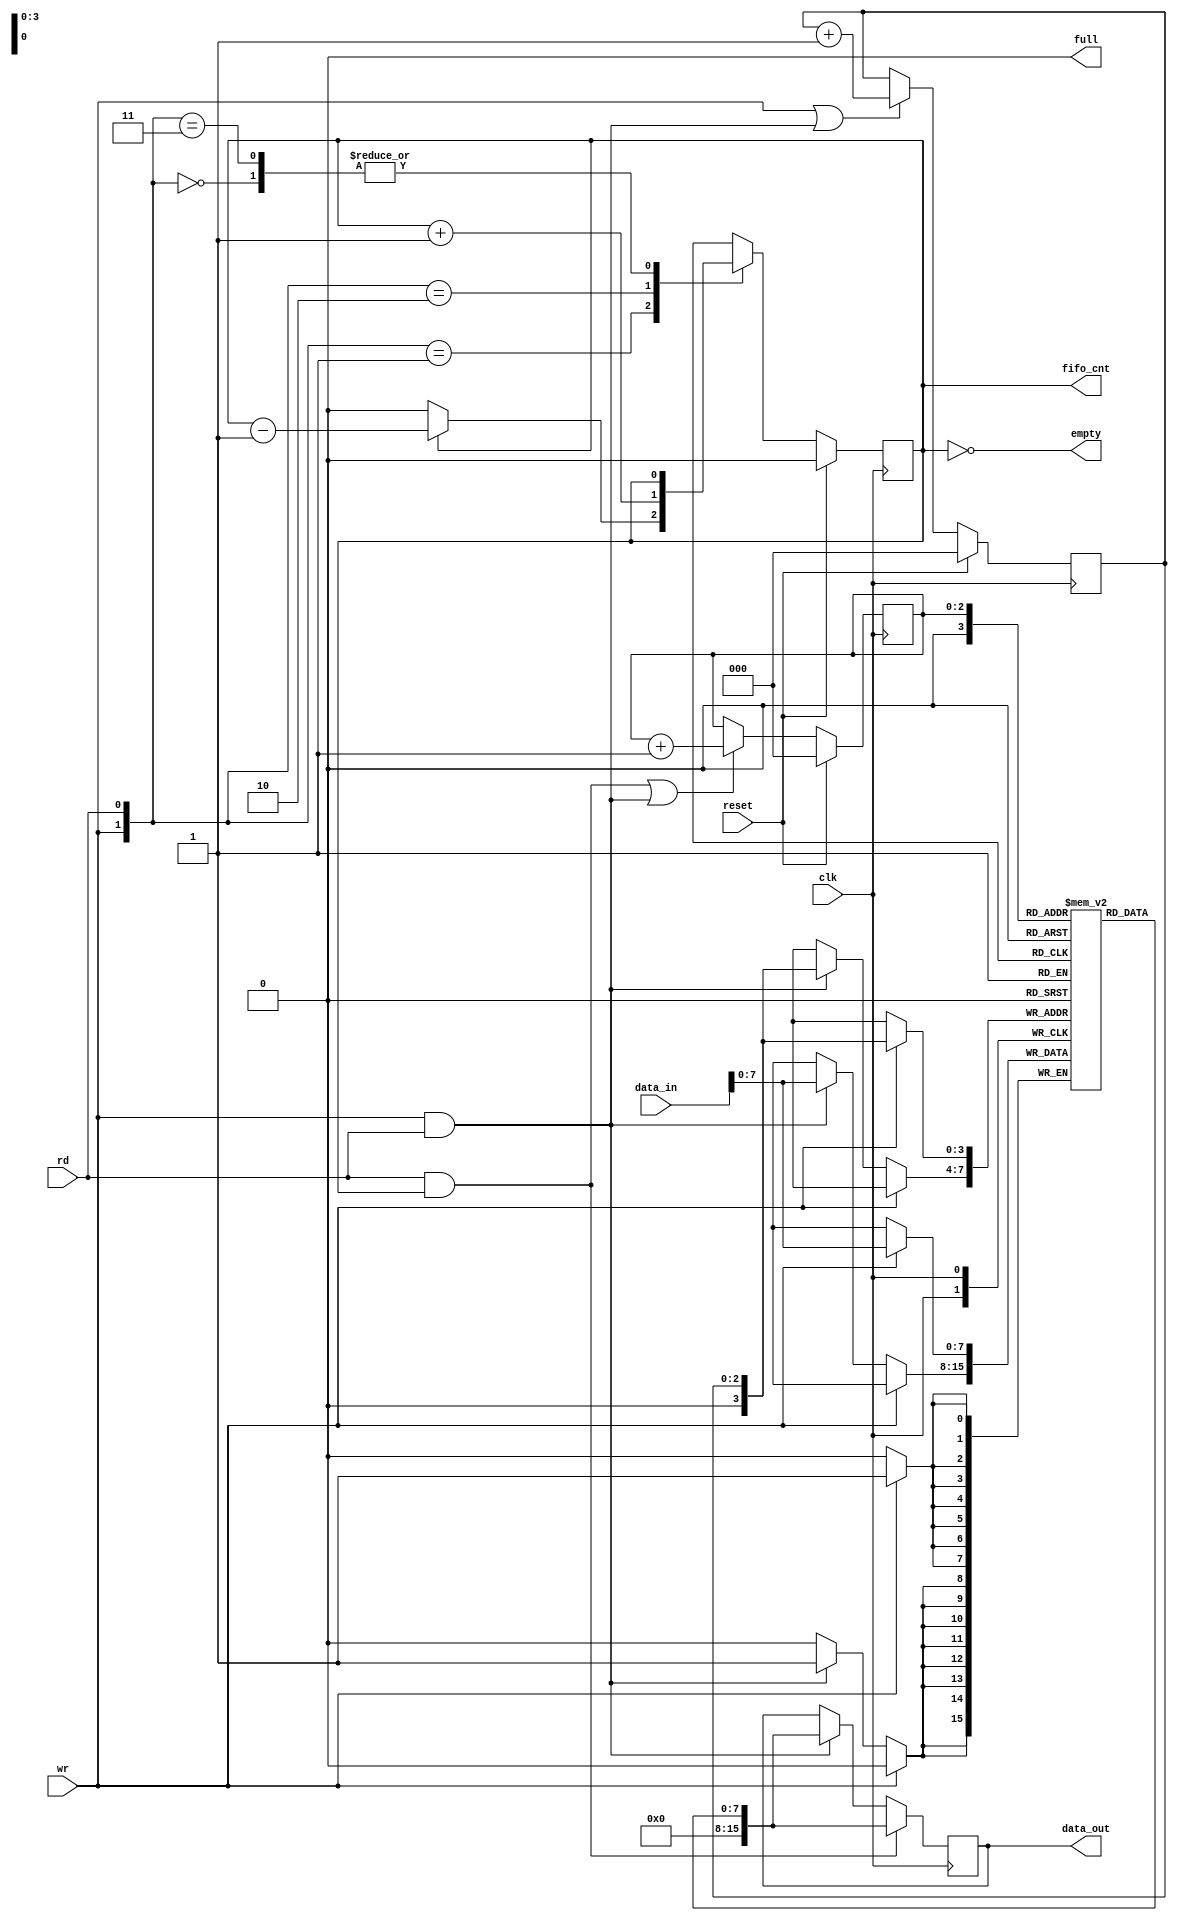
`timescale 1ns / 1ps

module FIFO(
    input [15:0] data_in, input clk, reset, rd, wr,
    output empty, full, output reg fifo_cnt,
    output reg [15:0] data_out
    );
    
    reg [7:0] fifo_ram [0:15];
    reg [2:0] rd_ptr, wr_ptr;
    assign empty = (fifo_cnt==0);
    assign full = (fifo_cnt==8);
    
    // write and read block 
    
    always @(posedge clk) begin : write
        if(wr && !full)
            fifo_ram[wr_ptr] <= data_in;
        else if(wr && rd)
            fifo_ram [wr_ptr] <= data_in;
    end
    
    always @(posedge clk) begin : read
        if(rd && !empty)
            data_out <= fifo_ram[rd_ptr];
        else if(rd && wr)
            data_out <= fifo_ram[rd_ptr];
     end
     
    // Pointer Block
    always @(posedge clk) begin : pointer
        if(reset) begin
            wr_ptr <=0;
            rd_ptr <= 0;
            end
        else begin
            wr_ptr <= ((wr && !full)||(wr && rd)) ? wr_ptr+1: wr_ptr ;
            rd_ptr <= ((rd && !empty)||(wr && rd)) ? rd_ptr+1: rd_ptr ;
        end 
    end
    
 // Counter Block 
 
    always @ (posedge clk) begin: count 
        if (reset) fifo_cnt <= 0;
        else begin
            case ({wr, rd})
                2'b00 : fifo_cnt <= fifo_cnt ;
                2'b01 : fifo_cnt <= (fifo_cnt==0) ? 0 : fifo_cnt-1;
                2'b10 : fifo_cnt <= (fifo_cnt==8) ? 8 : fifo_cnt+1;
                2'b11 : fifo_cnt <= fifo_cnt;
                default : fifo_cnt <= fifo_cnt;
            endcase
            end
         end
endmodule